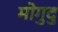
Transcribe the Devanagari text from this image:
मोगुदु